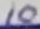
Text: 10